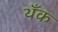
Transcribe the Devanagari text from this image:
थँक